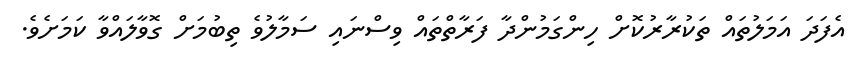
އެފަދަ އަމަލުތައް ތަކުރާރުކޮށް ހިންގަމުންދާ ފަރާތްތައް ވިސްނައި ސަމާލުވެ ތިބުމަށް ގޮވާލައްވާ ކަމަށެވެ.